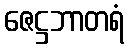
ဇေဋ္ဌဘာတရံ